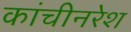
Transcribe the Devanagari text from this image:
कांचीनरेश